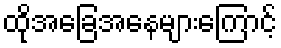
ထိုအခြေအနေများကြောင့်